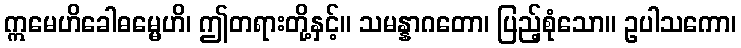
ဣမေဟိခေါဓမ္မေဟိ၊ ဤတရားတို့နှင့်။ သမန္နာဂတော၊ ပြည့်စုံသော။ ဥပါသကော၊